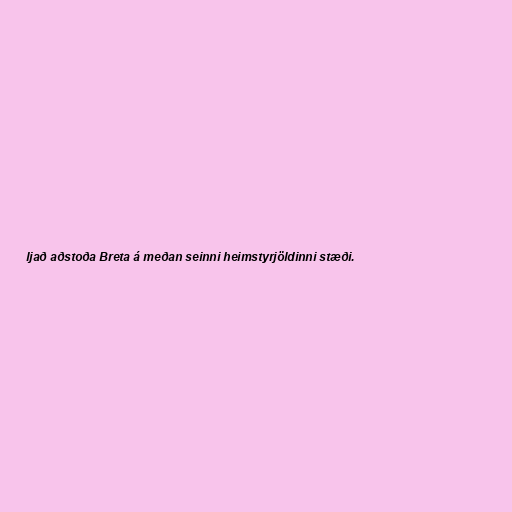
ljað aðstoða Breta á meðan seinni heimstyrjöldinni stæði.